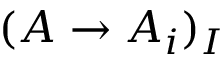
( A \to A _ { i } ) _ { I }